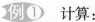
例① 计算: